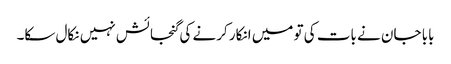
بابا جان نے بات کی تو میں انکار کرنے کی گنجائش نہیں نکال سکا۔